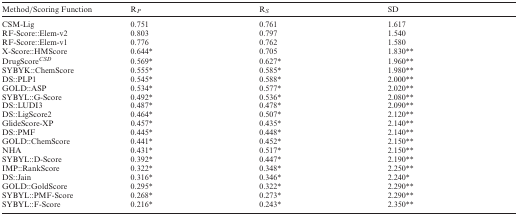
<table><thead><tr><td><b>Method/Scoring Function</b></td><td><b>R<sub><i>P</i></sub></b></td><td><b>R<sub><i>S</i></sub></b></td><td><b>SD</b></td></tr></thead><tbody><tr><td>CSM-Lig</td><td>0.751</td><td>0.761</td><td>1.617</td></tr><tr><td>RF-Score::Elem-v2</td><td>0.803</td><td>0.797</td><td>1.540</td></tr><tr><td>RF-Score::Elem-v1</td><td>0.776</td><td>0.762</td><td>1.580</td></tr><tr><td>X-Score::HMScore</td><td>0.644*</td><td>0.705</td><td>1.830**</td></tr><tr><td>DrugScore<sup><i>CSD</i></sup></td><td>0.569*</td><td>0.627*</td><td>1.960**</td></tr><tr><td>SYBYK::ChemScore</td><td>0.555*</td><td>0.585*</td><td>1.980**</td></tr><tr><td>DS::PLP1</td><td>0.545*</td><td>0.588*</td><td>2.000**</td></tr><tr><td>GOLD::ASP</td><td>0.534*</td><td>0.577*</td><td>2.020**</td></tr><tr><td>SYBYL::G-Score</td><td>0.492*</td><td>0.536*</td><td>2.080**</td></tr><tr><td>DS::LUDI3</td><td>0.487*</td><td>0.478*</td><td>2.090**</td></tr><tr><td>DS::LigScore2</td><td>0.464*</td><td>0.507*</td><td>2.120**</td></tr><tr><td>GlideScore-XP</td><td>0.457*</td><td>0.435*</td><td>2.140**</td></tr><tr><td>DS::PMF</td><td>0.445*</td><td>0.448*</td><td>2.140**</td></tr><tr><td>GOLD::ChemScore</td><td>0.441*</td><td>0.452*</td><td>2.150**</td></tr><tr><td>NHA</td><td>0.431*</td><td>0.517*</td><td>2.150**</td></tr><tr><td>SYBYL::D-Score</td><td>0.392*</td><td>0.447*</td><td>2.190**</td></tr><tr><td>IMP::RankScore</td><td>0.322*</td><td>0.348*</td><td>2.250**</td></tr><tr><td>DS::Jain</td><td>0.316*</td><td>0.346*</td><td>2.240*</td></tr><tr><td>GOLD::GoldScore</td><td>0.295*</td><td>0.322*</td><td>2.290**</td></tr><tr><td>SYBYL::PMF-Score</td><td>0.268*</td><td>0.273*</td><td>2.290**</td></tr><tr><td>SYBYL::F-Score</td><td>0.216*</td><td>0.243*</td><td>2.350**</td></tr></tbody></table>